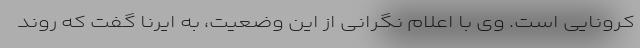
کرونایی است. وی با اعلام نگرانی از این وضعیت، به ایرنا گفت که روند